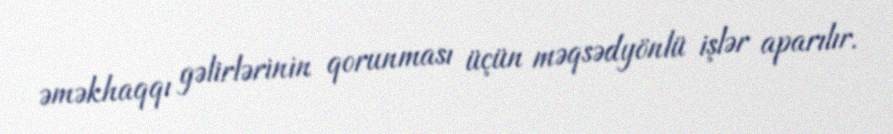
əməkhaqqı gəlirlərinin qorunması üçün məqsədyönlü işlər aparılır.